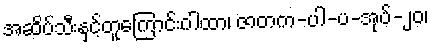
အဆိပ်သီးနှင့်တူကြောင်းဂါထာ၊ ဇာတက-ပါ-ပ-အုပ်-၂၀၊